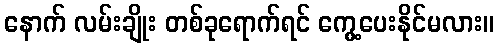
နောက် လမ်းချိုး တစ်ခုရောက်ရင် ကွေ့ပေးနိုင်မလား။